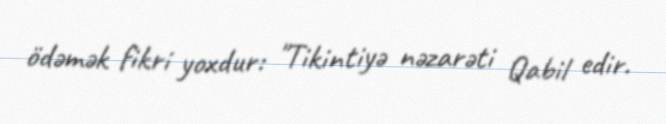
ödəmək fikri yoxdur: "Tikintiyə nəzarəti Qabil edir.